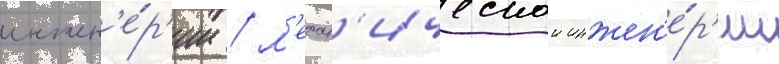
инжен'е́р'ии / м'ехан'ическои инжен'е́р'ии